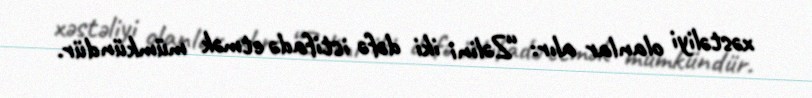
xəstəliyi olanlar alır: “Zəlini iki dəfə istifadə etmək mümkündür.